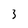
Character: 3